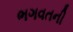
ભગવતની